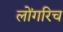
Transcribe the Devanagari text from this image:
लोंगरिच